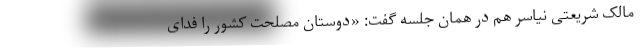
مالک شریعتی نیاسر هم در همان جلسه گفت: «دوستان مصلحت کشور را فدای